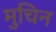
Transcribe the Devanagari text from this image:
मुचिन